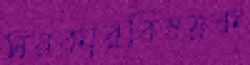
সরকারবিষয়ক